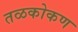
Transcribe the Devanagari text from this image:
तळकोकण